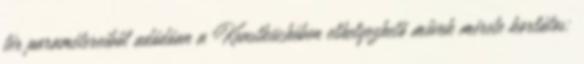
tér paramétereiből adódóan a Kunstküchében elhelyezhető művek mérete korlátos;